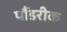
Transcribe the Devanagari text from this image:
पौंडरीक